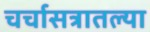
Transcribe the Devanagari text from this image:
चर्चासत्रातल्या